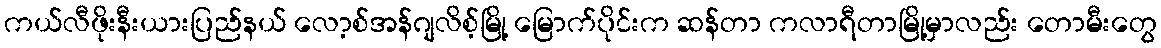
ကယ်လီဖိုးနီးယားပြည်နယ် လော့စ်အန်ဂျလိစ့်မြို့ မြောက်ပိုင်းက ဆန်တာ ကလာရီတာမြို့မှာလည်း တောမီးတွေ